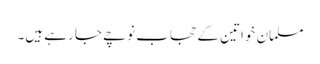
مسلمان خواتین کے حجاب نوچے جا رہے ہیں۔